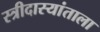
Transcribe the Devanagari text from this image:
स्त्रीदास्यांताला